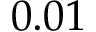
0 . 0 1